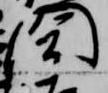
閤